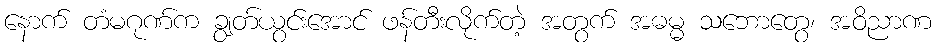
နောက် တံမဂုဏ်က ချွတ်ယွင်းအောင် ဖန်တီးလိုက်တဲ့ အတွက် အဓမ္မ သဘောတွေ၊ အဝိညာဏ